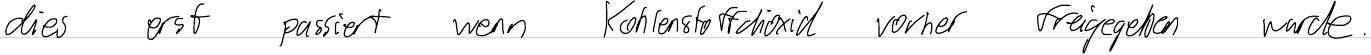
dies erst passiert wenn Kohlenstoffdioxid vorher freigegeben wurde.